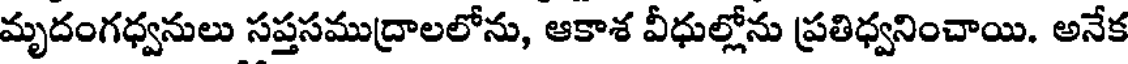
మృదంగధ్వనులు సప్తసముద్రాలలోను, ఆకాశ వీధుల్లోను ప్రతిధ్వనించాయి. అనేక